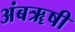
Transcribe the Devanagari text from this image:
अंबॠषी